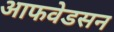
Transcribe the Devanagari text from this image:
आफवेडसन